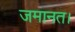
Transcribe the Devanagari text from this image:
जमानत।